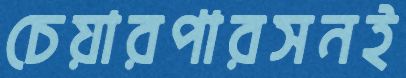
চেয়ারপারসনই